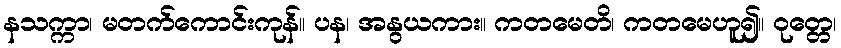
နသက္ကာ၊ မတက်ကောင်းကုန်။ ပန၊ အနွယကား။ ကတမေတိ၊ ကတမေဟူ၍။ ဝုတ္တေ၊